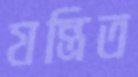
যন্ত্রিত